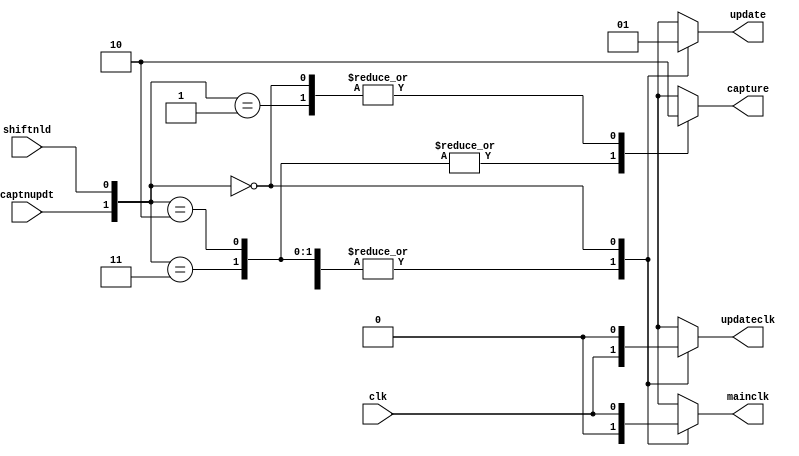
module hardcopyiii_bias_logic (
    clk,
    shiftnld,
    captnupdt,
    mainclk,
    updateclk,
    capture,
    update
    );
input  clk;
input  shiftnld;
input  captnupdt;
output mainclk;
output updateclk;
output capture;
output update;
reg mainclk_tmp;
reg updateclk_tmp;
reg capture_tmp;
reg update_tmp;
initial
begin
    mainclk_tmp <= 'b0;
    updateclk_tmp <= 'b0;
    capture_tmp <= 'b0;
    update_tmp <= 'b0;
end
    always @(captnupdt or shiftnld or clk)
    begin
        case ({captnupdt, shiftnld})
        2'b10, 2'b11 :
            begin
                mainclk_tmp <= 'b0;
                updateclk_tmp <= clk;
                capture_tmp <= 'b1;
                update_tmp <= 'b0;
            end
        2'b01 :
            begin
                mainclk_tmp <= 'b0;
                updateclk_tmp <= clk;
                capture_tmp <= 'b0;
                update_tmp <= 'b0;
            end
        2'b00 :
            begin
                mainclk_tmp <= clk;
                updateclk_tmp <= 'b0;
                capture_tmp <= 'b0;
                update_tmp <= 'b1;
            end
        default :
            begin
                mainclk_tmp <= 'b0;
                updateclk_tmp <= 'b0;
                capture_tmp <= 'b0;
                update_tmp <= 'b0;
            end
        endcase
    end
and (mainclk, mainclk_tmp, 1'b1);
and (updateclk, updateclk_tmp, 1'b1);
and (capture, capture_tmp, 1'b1);
and (update, update_tmp, 1'b1);
endmodule